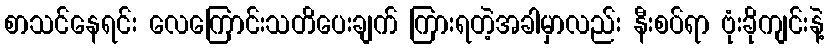
စာသင်နေရင်း လေကြောင်းသတိပေးချက် ကြားရတဲ့အခါမှာလည်း နီးစပ်ရာ ဗုံးခိုကျင်းနဲ့